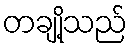
တချို့သည်